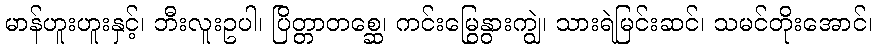
မာန်ဟူးဟူးနှင့်၊ ဘီးလူးဥပါ၊ ပြိတ္တာတစ္ဆေ၊ ကင်းမြွေနွားကျွဲ၊ သားရဲမြင်းဆင်၊ သမင်တိုးအောင်၊